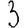
Digit: 3